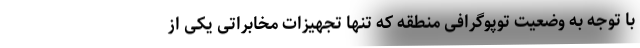
با توجه به وضعیت توپوگرافی منطقه که تنها تجهیزات مخابراتی یکی از